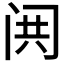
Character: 𬮢